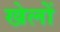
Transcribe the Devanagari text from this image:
खेलोें